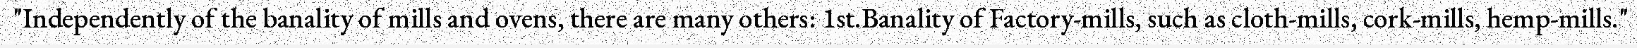
"Independently of the banality of mills and ovens, there are many others: 1st.Banality of Factory-mills, such as cloth-mills, cork-mills, hemp-mills."